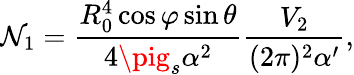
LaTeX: \mathcal{N}_{1}=\frac{{R_{0}^{4}\cos\varphi\sin\theta}}{{4\pig_{s}\alpha^{2}}}\frac{{V_{2}}}{{(2\pi)^{2}\alpha^{\prime}}},